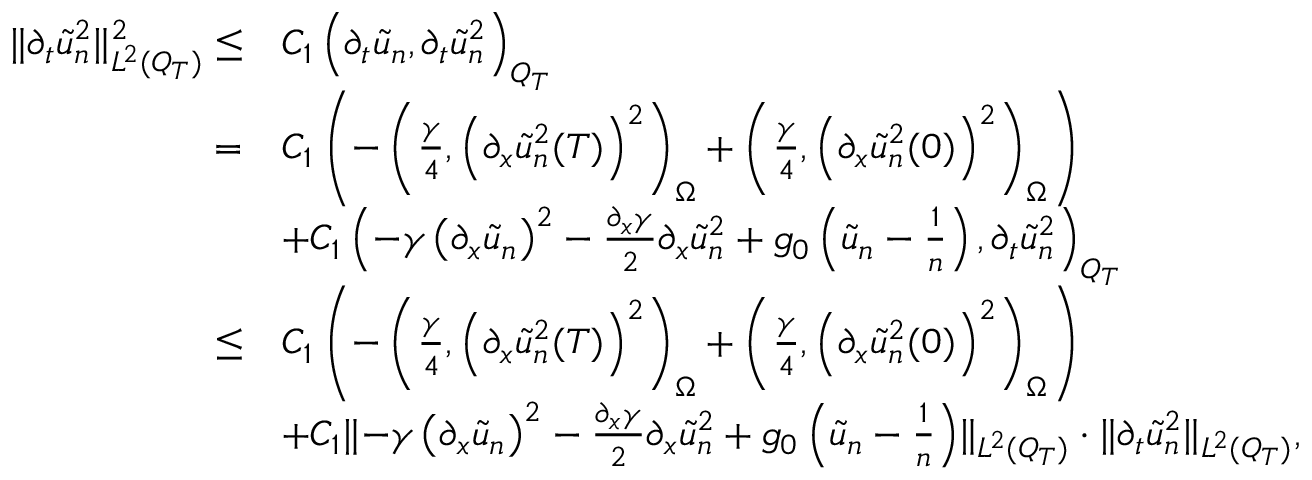
\begin{array} { r l } { \lVert \partial _ { t } \tilde { u } _ { n } ^ { 2 } \rVert _ { L ^ { 2 } ( Q _ { T } ) } ^ { 2 } \leq } & { C _ { 1 } \left( \partial _ { t } \tilde { u } _ { n } , \partial _ { t } \tilde { u } _ { n } ^ { 2 } \right) _ { Q _ { T } } } \\ { = } & { C _ { 1 } \left( - \left( \frac { \gamma } { 4 } , \left( \partial _ { x } \tilde { u } _ { n } ^ { 2 } ( T ) \right) ^ { 2 } \right) _ { \Omega } + \left( \frac { \gamma } { 4 } , \left( \partial _ { x } \tilde { u } _ { n } ^ { 2 } ( 0 ) \right) ^ { 2 } \right) _ { \Omega } \right) } \\ & { + C _ { 1 } \left( - \gamma \left( \partial _ { x } \tilde { u } _ { n } \right) ^ { 2 } - \frac { \partial _ { x } \gamma } { 2 } \partial _ { x } \tilde { u } _ { n } ^ { 2 } + g _ { 0 } \left( \tilde { u } _ { n } - \frac { 1 } { n } \right) , \partial _ { t } \tilde { u } _ { n } ^ { 2 } \right) _ { Q _ { T } } } \\ { \leq } & { C _ { 1 } \left( - \left( \frac { \gamma } { 4 } , \left( \partial _ { x } \tilde { u } _ { n } ^ { 2 } ( T ) \right) ^ { 2 } \right) _ { \Omega } + \left( \frac { \gamma } { 4 } , \left( \partial _ { x } \tilde { u } _ { n } ^ { 2 } ( 0 ) \right) ^ { 2 } \right) _ { \Omega } \right) } \\ & { + C _ { 1 } \lVert - \gamma \left( \partial _ { x } \tilde { u } _ { n } \right) ^ { 2 } - \frac { \partial _ { x } \gamma } { 2 } \partial _ { x } \tilde { u } _ { n } ^ { 2 } + g _ { 0 } \left( \tilde { u } _ { n } - \frac { 1 } { n } \right) \rVert _ { L ^ { 2 } ( Q _ { T } ) } \cdot \lVert \partial _ { t } \tilde { u } _ { n } ^ { 2 } \rVert _ { L ^ { 2 } ( Q _ { T } ) } , } \end{array}